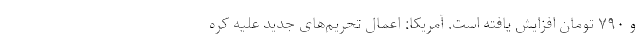
و ۷۹۰ تومان افزایش یافته است. آمریکا: اعمال تحریم‌های جدید علیه کره